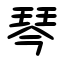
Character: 琴